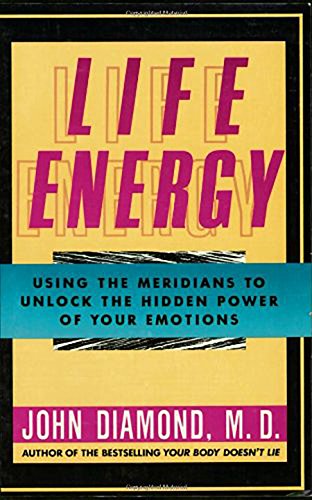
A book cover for Life Energy: Using the Meridians to Unlock the Hidden Power of Your Emotions; John Diamond  M.D.; Health, Fitness & Dieting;